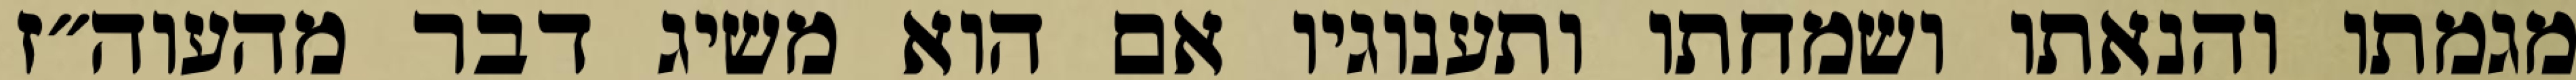
מגמתו והנאתו ושמחתו ותענוגיו אם הוא משיג דבר מהעוה״ז